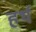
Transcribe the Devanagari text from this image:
हर्थ